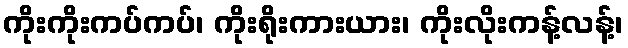
ကိုးကိုးကပ်ကပ်၊ ကိုးရိုးကားယား၊ ကိုးလိုးကန့်လန့်၊